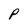
Character: P